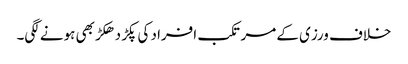
خلاف ورزی کے مرتکب افراد کی پکڑ دھکڑ بھی ہونے لگی۔